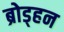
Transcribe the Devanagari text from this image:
ब्रोड्हन